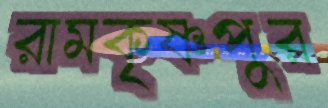
রামকৃষ্ণপুর